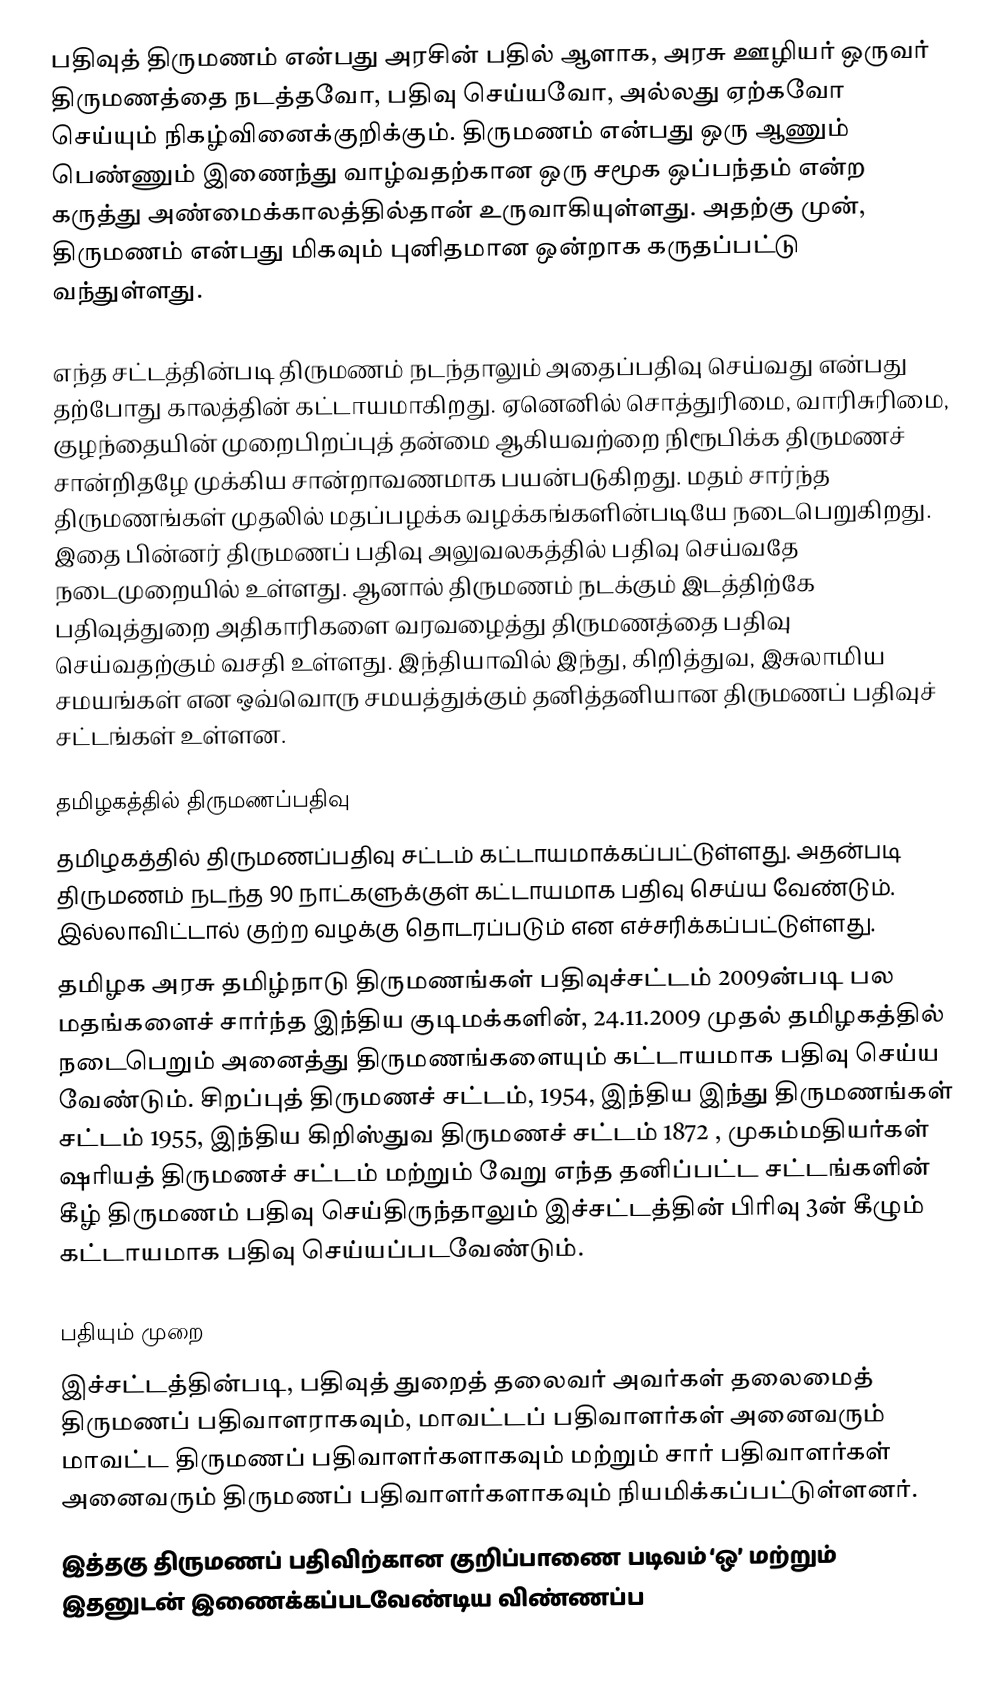
பதிவுத் திருமணம் என்பது அரசின் பதில் ஆளாக, அரசு ஊழியர் ஒருவர் திருமணத்தை நடத்தவோ, பதிவு செய்யவோ, அல்லது ஏற்கவோ செய்யும் நிகழ்வினைக்குறிக்கும். திருமணம் என்பது ஒரு ஆணும் பெண்ணும் இணைந்து வாழ்வதற்கான ஒரு சமூக ஒப்பந்தம் என்ற கருத்து அண்மைக்காலத்தில்தான் உருவாகியுள்ளது. அதற்கு முன், திருமணம் என்பது மிகவும் புனிதமான ஒன்றாக கருதப்பட்டு வந்துள்ளது.

எந்த சட்டத்தின்படி திருமணம் நடந்தாலும் அதைப்பதிவு செய்வது என்பது தற்போது காலத்தின் கட்டாயமாகிறது. ஏனெனில் சொத்துரிமை, வாரிசுரிமை, குழந்தையின் முறைபிறப்புத் தன்மை ஆகியவற்றை நிரூபிக்க திருமணச் சான்றிதழே முக்கிய சான்றாவணமாக பயன்படுகிறது. மதம் சார்ந்த திருமணங்கள் முதலில் மதப்பழக்க வழக்கங்களின்படியே நடைபெறுகிறது. இதை பின்னர் திருமணப் பதிவு அலுவலகத்தில் பதிவு செய்வதே நடைமுறையில் உள்ளது. ஆனால் திருமணம் நடக்கும் இடத்திற்கே பதிவுத்துறை அதிகாரிகளை வரவழைத்து திருமணத்தை பதிவு செய்வதற்கும் வசதி உள்ளது. இந்தியாவில் இந்து, கிறித்துவ, இசுலாமிய சமயங்கள் என ஒவ்வொரு சமயத்துக்கும் தனித்தனியான திருமணப் பதிவுச் சட்டங்கள் உள்ளன.

தமிழகத்தில் திருமணப்பதிவு
தமிழகத்தில் திருமணப்பதிவு சட்டம் கட்டாயமாக்கப்பட்டுள்ளது. அதன்படி திருமணம் நடந்த 90 நாட்களுக்குள் கட்டாயமாக பதிவு செய்ய வேண்டும். இல்லாவிட்டால் குற்ற வழக்கு தொடரப்படும் என எச்சரிக்கப்பட்டுள்ளது.
தமிழக அரசு தமிழ்நாடு திருமணங்கள் பதிவுச்சட்டம் 2009ன்படி பல மதங்களைச் சார்ந்த இந்திய குடிமக்களின், 24.11.2009 முதல் தமிழகத்தில் நடைபெறும் அனைத்து திருமணங்களையும் கட்டாயமாக பதிவு செய்ய வேண்டும். சிறப்புத் திருமணச் சட்டம், 1954, இந்திய இந்து திருமணங்கள் சட்டம் 1955, இந்திய கிறிஸ்துவ திருமணச் சட்டம் 1872 , முகம்மதியர்கள் ஷரியத் திருமணச் சட்டம் மற்றும் வேறு எந்த தனிப்பட்ட சட்டங்களின் கீழ் திருமணம் பதிவு செய்திருந்தாலும் இச்சட்டத்தின் பிரிவு 3ன் கீழும் கட்டாயமாக பதிவு செய்யப்படவேண்டும்.

பதியும் முறை
இச்சட்டத்தின்படி, பதிவுத் துறைத் தலைவர் அவர்கள் தலைமைத் திருமணப் பதிவாளராகவும், மாவட்டப் பதிவாளர்கள் அனைவரும் மாவட்ட திருமணப் பதிவாளர்களாகவும் மற்றும் சார் பதிவாளர்கள் அனைவரும் திருமணப் பதிவாளர்களாகவும் நியமிக்கப்பட்டுள்ளனர்.
இத்தகு திருமணப் பதிவிற்கான குறிப்பாணை படிவம் ‘ஒ’ மற்றும் இதனுடன் இணைக்கப்படவேண்டிய விண்ணப்ப